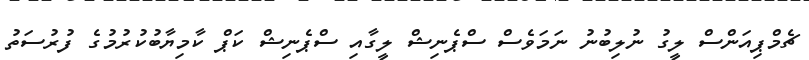
ޗެމްޕިއަންސް ލީގު ނުލިބުނު ނަމަވެސް ސްޕެނިޝް ލީގާއި ސްޕެނިޝް ކަޕް ކާމިޔާބުކުރުމުގެ ފުރުސަތު